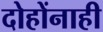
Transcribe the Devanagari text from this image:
दोहोंनाही